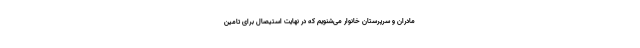
مادران و سرپرستان خانوار می‌شنویم که در نهایت استیصال برای تامین